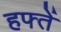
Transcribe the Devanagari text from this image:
हफ्तें